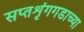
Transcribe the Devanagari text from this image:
सप्तशृंगगडाच्या